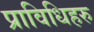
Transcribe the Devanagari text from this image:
प्राविधिहरु